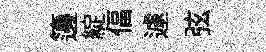
籩綻偪遽弦